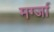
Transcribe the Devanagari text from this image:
मर्ग्जा